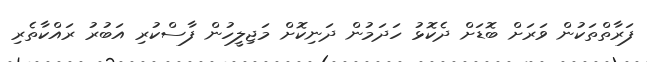
ފަރާތްތަކުން ވަރަށް ބޮޑަށް ދެކޮޅު ހަދަމުން ދަނިކޮށް މަޖިލީހުން ފާސްކުރި އަބުރު ރައްކާތެރި